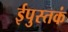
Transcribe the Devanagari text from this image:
ईपुस्तकं